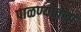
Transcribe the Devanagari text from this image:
पाळण्यातला